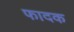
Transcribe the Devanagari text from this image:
फादक